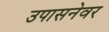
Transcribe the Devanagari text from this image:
उपासनेवर